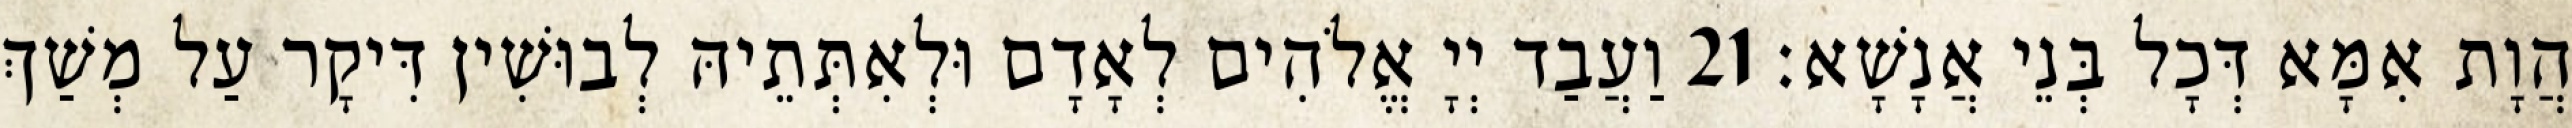
הֲוָת אִמָּא דְּכָל בְּנֵי אֲנָשָׁא׃ 21 וַעֲבַד יְיָ אֱלֹהִים לְאָדָם וּלְאִתְּתֵיהּ לְבוּשִׁין דִּיקָר עַל מְשַׁךְ